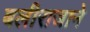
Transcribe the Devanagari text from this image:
बलीराजाने